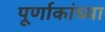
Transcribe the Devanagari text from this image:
पूर्णाकांच्या